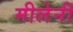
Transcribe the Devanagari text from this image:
मीलेनी